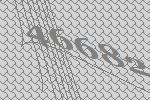
46682